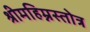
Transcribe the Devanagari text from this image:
श्रीमहिम्नस्तोत्र